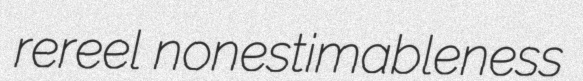
rereel nonestimableness